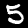
Digit: 5